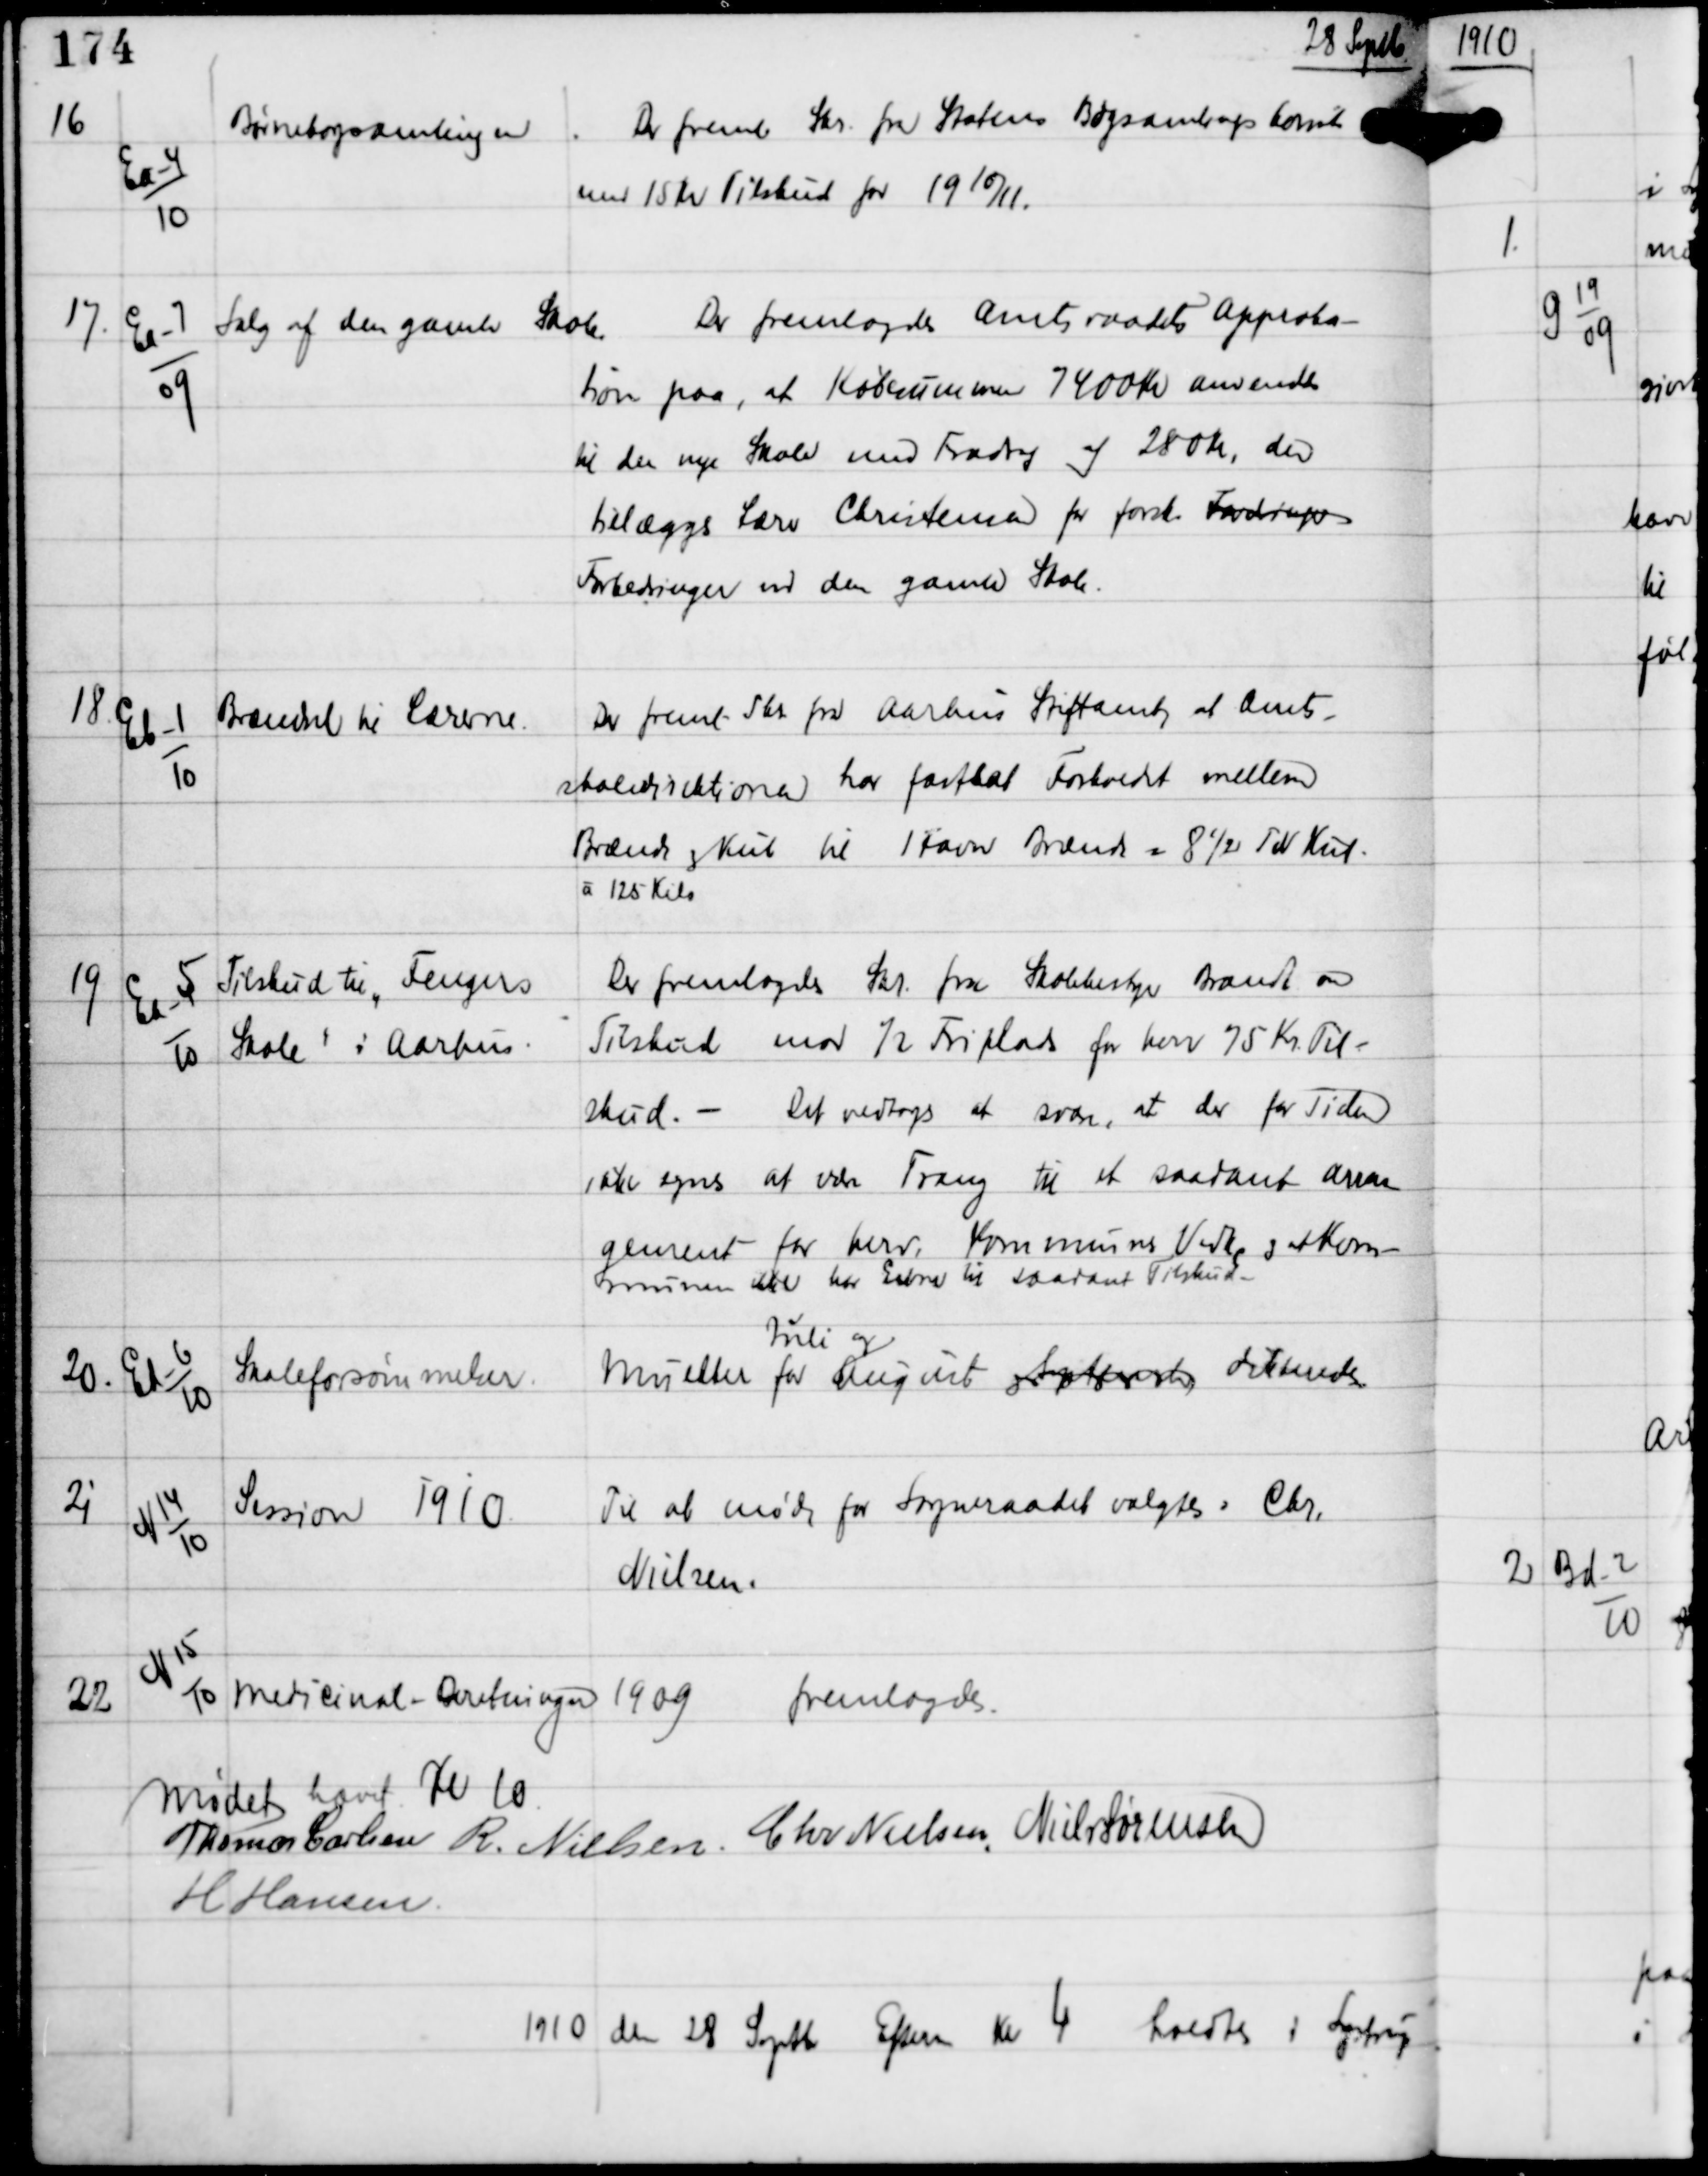
Transskription:
28 Septb

16

Ea-4
10

Børnebogsamlingen

Der freml Skr fra Statens Bogsamlingskomite
med 15 Kr Tilskud for 19 10/11.

17.

Ea-7
09

Salg af den gamle Skole.

Der fremlagdes Amtsraadets Approba-
tion paa, at Købesummen 7400 Kr anvendes
til den nye Skole med Fradrag af 280 Kr, der
tillægges Lærer Christensen for forsk Fordrings
Forbedringer ved den gamle Skole.

18.

Eb-1
10

Brændsel til Lærerne.

Der freml Skr fra Aarhus Stiftamt, at Amts-
skoledirektionen har fastsat Forholdet mellem
Brænde og Kul til 1 Favn Brænde = 8½ Tdr Kul
à 125 Kilo.

19

Ea-5
10

Tilskud til Fengers
Skole i Aarhus.

Der fremlagdes Skr fra Skolebestyrer Brandt om
Tilskud mod ½ Friplads for hver 75 Kr Til-
skud. -
Det vedtoges at svare, at der for Tiden
ikke synes at være Trang til et saadant arran-
gement for herv. Kommunes Vedk og at Kom-
munen ikke har Evne til saadant Tilskud.

20.

Ed-6
10

Skoleforsømmelser.

Mulkter for
Juli og
August xxxxxx dikteredes

21

N 14
10

Session 1910

Til at møde for Sogneraadet valgtes: Chr.
Nielsen.

22

N 15
10

Medicinal - Beretningen 1909
fremlagdes.

Mødet hævet Kl 10
Thomas Carlsen R. Nielsen Chr Nielsen Niels Sørensen
H Hansen

1910 den 28 Septb Efterm Kl 4 holdtes i
Lystrup